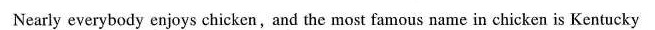
Nearly everybody enjoys chicken,and the most famous name in chicken is Kentucky